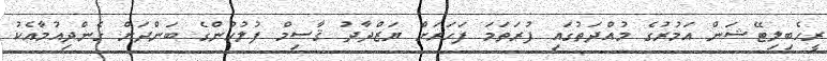
ރީހެބިލިޓޭޝަން އަމުރުގެ މުއްދަތުގައި ފުރަތަމަ ފަހަރަށް ޔަޒްދާދު ޤާސިމް ފުލުހުންގެ ބަންދަށް ގެންދިއުމާއެކު